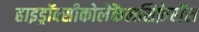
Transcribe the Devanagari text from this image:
हाइड्रॉक्सीकोलेकैलसिफ़ेरॉल